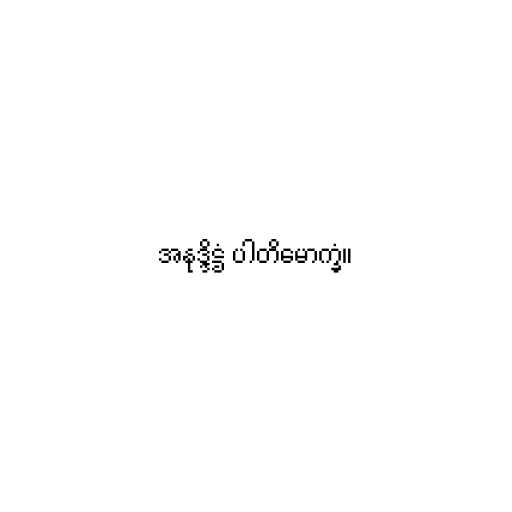
အနုဒ္ဒိဋ္ဌံ ပါတိမောက္ခံ။